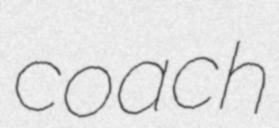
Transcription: coach